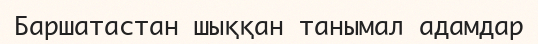
Баршатастан шыққан танымал адамдар